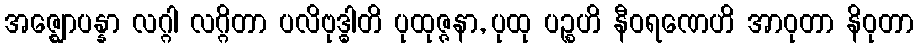
အဇ္ဈောပန္နာ လဂ္ဂါ လဂ္ဂိတာ ပလိဗုဒ္ဓါတိ ပုထုဇ္ဇနာ, ပုထု ပဉ္စဟိ နီဝရဏေဟိ အာဝုတာ နိဝုတာ